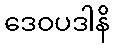
ဒေဝပဒါနိ